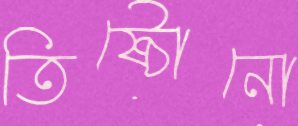
তিষ্ঠোনো